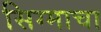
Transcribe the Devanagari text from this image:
सिग्माचा